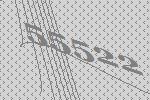
55522